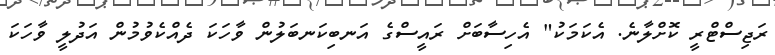
ރަޖިސްޓްރީ ކޮށްލާނެ. އެކަމަކު" އެހިސާބަށް ރައީސްގެ އަނބިކަނބަލުން ވާހަކަ ދެއްކެވުމުން އަދުލީ ވާހަކަ